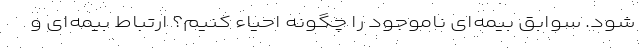
شود. سوابق بیمه‌ای ناموجود را چگونه احیاء کنیم؟ ارتباط بیمه‌ای و